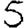
Digit: 5